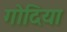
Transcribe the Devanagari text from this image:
गोदिया